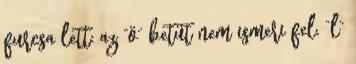
furcsa lett: az “ö” betűt nem ismeri fel, “l”